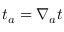
t _ { a } = \nabla _ { a } t